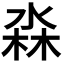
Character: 𭪳